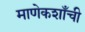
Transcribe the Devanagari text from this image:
माणेकशाँची